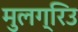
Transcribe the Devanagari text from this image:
मुलग्रिउ